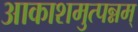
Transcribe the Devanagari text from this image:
आकाशमुत्पन्नम्‌